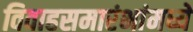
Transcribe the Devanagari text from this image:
विवाहसमारंभांमध्ये